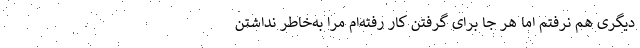
دیگری هم نرفتم اما هر جا برای گرفتن کار رفته‌ام مرا به‌خاطر نداشتن